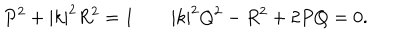
P ^ { 2 } + | k | ^ { 2 } R ^ { 2 } = 1 \qquad | k | ^ { 2 } Q ^ { 2 } - R ^ { 2 } + 2 P Q = 0 .